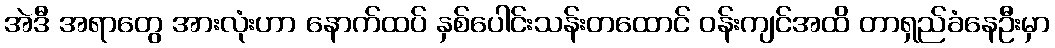
အဲဒီ အရာတွေ အားလုံးဟာ နောက်ထပ် နှစ်ပေါင်းသန်းတထောင် ဝန်းကျင်အထိ တာရှည်ခံနေဦးမှာ